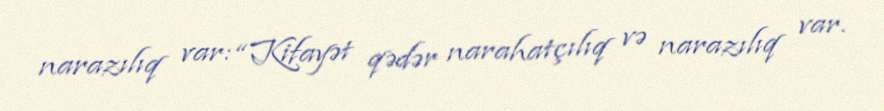
narazılıq var: “Kifayət qədər narahatçılıq və narazılıq var.